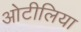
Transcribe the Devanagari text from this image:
ओटीलिया